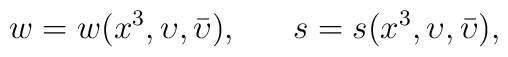
w=w(x^{3}, \upsilon, \bar{\upsilon}), ~~~~~s=s(x^{3}, \upsilon, \bar{\upsilon}),